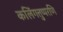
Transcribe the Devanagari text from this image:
कलिंगत्तुप्परणि